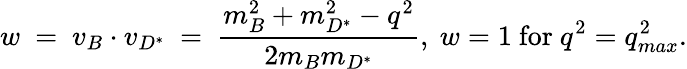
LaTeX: w~=~v_{B}\cdot v_{D^{\ast}}~=~\frac{m_{B}^{2}+m_{D^{\ast}}^{2}-q^{2}}{2m_{B}m_{D^{\ast}}},~w=1~\mathrm{for}~q^{2}=q_{max}^{2}.